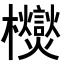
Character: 𭬿